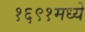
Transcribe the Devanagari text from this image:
१६९१मध्ये